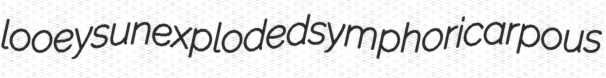
looeys unexploded symphoricarpous